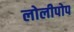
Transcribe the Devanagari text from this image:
लोलीपोप